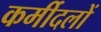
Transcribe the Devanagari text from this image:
कर्मीदलों